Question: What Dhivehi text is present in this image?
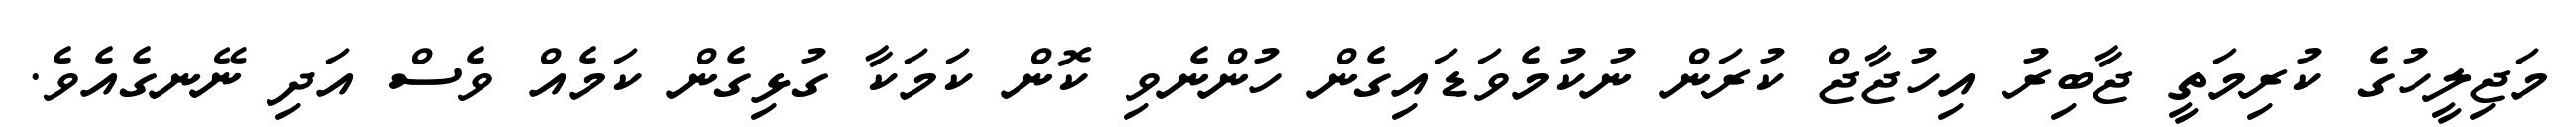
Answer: މަޖިލީހުގެ ކުރިމަތީ ޖާބިރު އިހުޖާޖް ކުރަން ނުކުމެވަޑައިގެން ހުންނެވި ކޮން ކަމަކާ ގުޅިގެން ކަމެއް ވެސް އަދި ނޭނގެއެވެ.